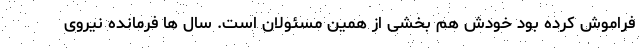
فراموش کرده بود خودش هم بخشی از همین مسئولان است. سال ها فرمانده نیروی